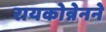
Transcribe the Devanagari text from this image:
रायकोन्नेनने